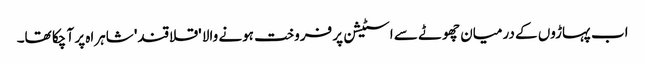
اب پہاڑوں کے درمیان چھوٹے سے اسٹیشن پر فروخت ہونے والا 'قلاقند' شاہراہ پر آ چکا تھا۔